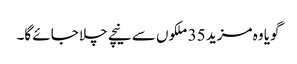
گویا وہ مزید 35 ملکوں سے نیچے چلا جائے گا۔